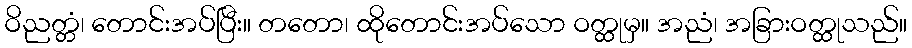
ဝိညတ္တံ၊ တောင်းအပ်ပြီး။ တတော၊ ထိုတောင်းအပ်သော ဝတ္ထုမှ။ အညံ၊ အခြားဝတ္ထုသည်။